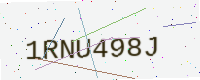
Text: 1RNU498J